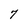
Character: 7